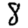
Digit: 8